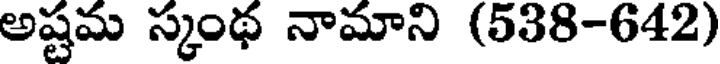
అష్టమ స్కంథ నామాని (538-642)